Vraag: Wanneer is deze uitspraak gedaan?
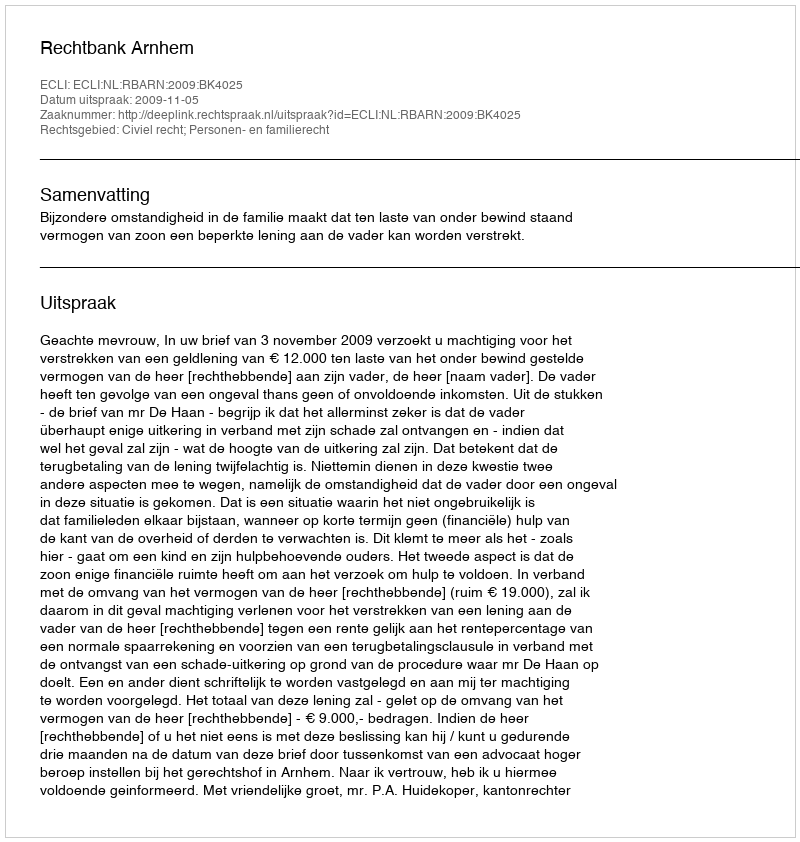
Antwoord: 2009-11-05